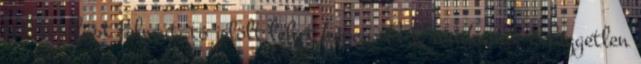
politizálást felmutató jelölt lehet képes. A Krónikának a független